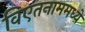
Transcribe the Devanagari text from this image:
विएतनाममध्ये